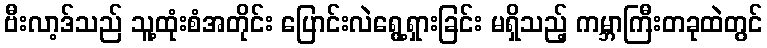
ဗီးလာ့ဒ်သည် သူ့ထုံးစံအတိုင်း ပြောင်းလဲရွေ့ရှားခြင်း မရှိသည့် ကမ္ဘာကြီးတခုထဲတွင်